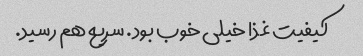
کیفیت غذا خیلی خوب بود. سریع هم رسید.